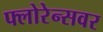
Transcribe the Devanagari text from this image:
फ्लोरेन्सवर